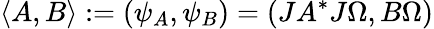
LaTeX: \langle A,B\rangle:=(\psi_{A},\psi_{B})=(JA^{*}J\Omega,B\Omega)